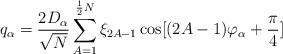
LaTeX: \begin{align*}q_{\alpha} = \frac{2D_{\alpha}}{\sqrt{N}} \sum_{A=1}^{\frac{1}{2}N}\xi_{2A-1}\cos [(2A-1)\varphi_{\alpha} + \frac{\pi}{4}]\end{align*}